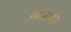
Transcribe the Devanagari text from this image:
अध्यक्षॉ